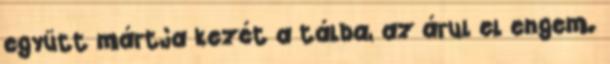
együtt mártja kezét a tálba, az árul el engem.